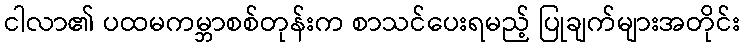
ငါလာ၏ ပထမကမ္ဘာစစ်တုန်းက စာသင်ပေးရမည့် ပြုချက်များအတိုင်း